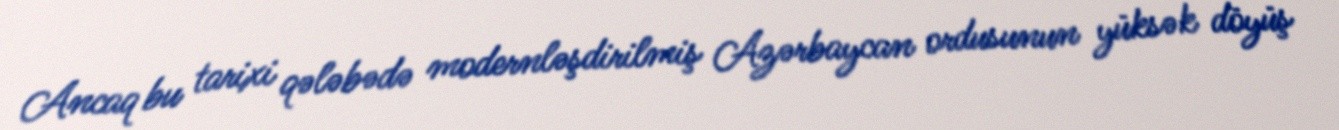
Ancaq bu tarixi qələbədə modernləşdirilmiş Azərbaycan ordusunun yüksək döyüş